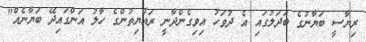
ރިޔާސީ ބަޔާނުގެ ބަދަލުގައި އެ ދުވަހު އިވިގެންދާނީ ރައްޔިތުންގެ ހާލު އަންގައިދޭ ބަޔާނެއް"